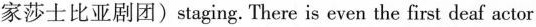
家莎士比亚剧团)staging. There is even the first deaf actor